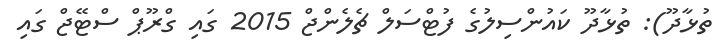
ތުޅާދޫ): ތުޅާދޫ ކައުންސިލުގެ ފުޓްސަލް ޗެލެންޖް 2015 ގައި ގްރޫޕް ސްޓޭޖް ގައި